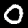
Label: 0